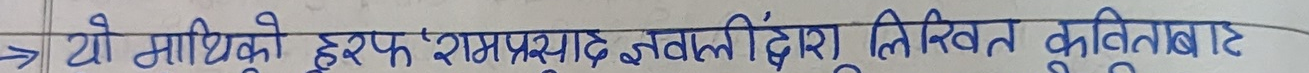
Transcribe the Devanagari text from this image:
यो माथिको हरफ रामप्रसाद ज्ञवालीद्वारा लिखित कविताबाट